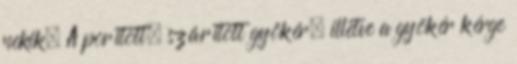
nekik. A porított, szárított gyökér, illetve a gyökér kérge